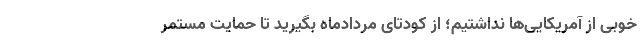
خوبی از آمریکایی‌ها نداشتیم؛ از کودتای مردادماه بگیرید تا حمایت مستمر